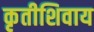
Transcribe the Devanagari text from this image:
कृतीशिवाय